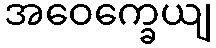
အဝေက္ခေယျ